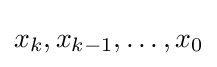
{x}_{k},{x}_{k-1},\dots ,{x}_{0}